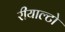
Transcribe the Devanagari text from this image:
रीयाल्टो